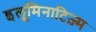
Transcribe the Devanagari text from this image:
इलूमिनाटिज़्म